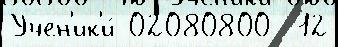
Учен'ик'и́ 02080800  12